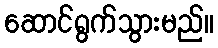
ဆောင်ရွက်သွားမည်။